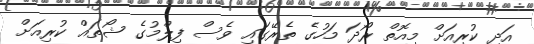
އަދި ކުރިއަށް މިއޮތް ރޯދަ މަހުގެ ތެރޭގައި ވެސް ފިލްމުގެ ޝޯތައް ކުރިއަށް